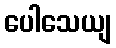
ပေါသေယျ